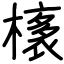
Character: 橠